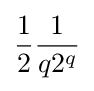
{\frac {1}{2}}{\frac {1}{q2^{q}}}